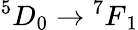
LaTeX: ^5D_{0}\rightarrow{^7F}_{1}